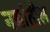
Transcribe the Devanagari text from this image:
नद्यांतील